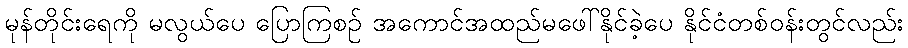
မုန်တိုင်းရေကို မလွယ်ပေ ပြောကြစဉ် အကောင်အထည်မဖေါ်နိုင်ခဲ့ပေ နိုင်ငံတစ်ဝန်းတွင်လည်း